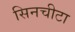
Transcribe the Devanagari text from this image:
सिनचीटा